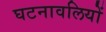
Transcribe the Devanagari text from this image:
घटनावलियों